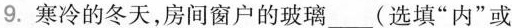
9.寒冷的冬天，房间窗户的玻璃___(选填”内”或